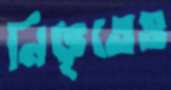
নিভৃতেও